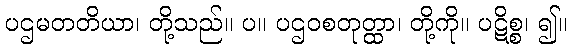
ပဌမတတိယာ၊ တို့သည်။ ပ။ ပဌဝစတုတ္ထာ၊ တို့ကို။ ပဋိစ္စ၊ ၍။